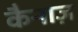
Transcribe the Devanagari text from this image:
कैनाज़